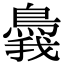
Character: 䳗